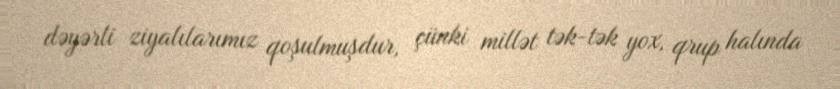
dəyərli ziyalılarımız qoşulmuşdur, çünki millət tək-tək yox, qrup halında